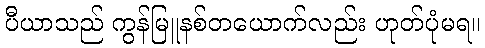
ပီယာသည် ကွန်မြူနစ်တယောက်လည်း ဟုတ်ပုံမရ။